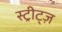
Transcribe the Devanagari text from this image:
स्ट्रीट्ज़